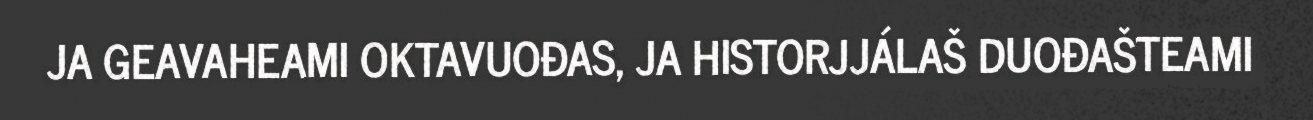
JA GEAVAHEAMI OKTAVUOĐAS, JA HISTORJJÁLAŠ DUOĐAŠTEAMI